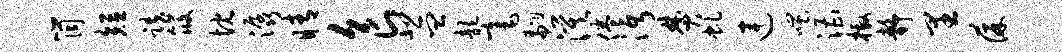
筒短跌筱忱潺睛食悲皿歆毫翩漠倦沔焚虬连嗤漕檄静里葆